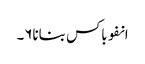
انفوباکس بنانا۶۔